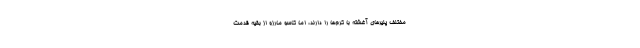
مختلف پنیرهای آغشته با کرم‌ها را دارند، اما کاسو مارزو از بقیه قدمت